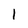
Character: 1